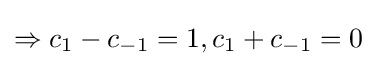
\Rightarrow c_{1}-c_{-1}=1,c_{1}+c_{-1}=0